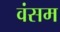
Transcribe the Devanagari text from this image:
वंसम